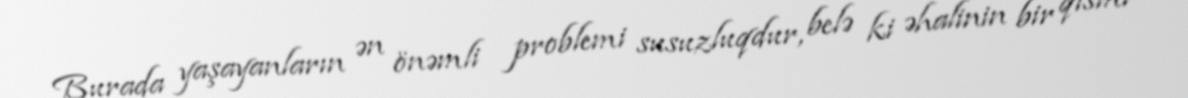
Burada yaşayanların ən önəmli problemi susuzluqdur, belə ki əhalinin bir qismi